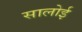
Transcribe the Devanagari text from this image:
सालोई